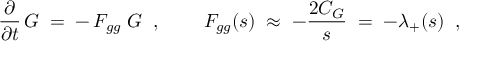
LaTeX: \frac { \partial } { \partial t } \, G \; = \; - \, F _ { g g } \; G \; \; , \; \; \; \; \; \; \; \; F _ { g g } ( s ) \; \approx \; - \frac { 2 C _ { G } } { s } \; = \; - \lambda _ { + } ( s ) \; \; ,